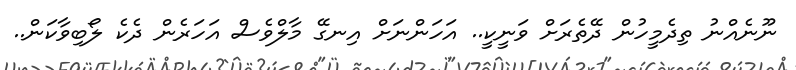
ނޫނެއްނު ތިދެމީހުން ދޭތެރަށް ވަނީކީ.. އަހަންނަށް އިނގޭ މާލްވެސް އަހަރެން ދެކެ ލޯބިވާކަން..